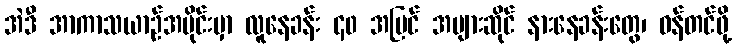
အဲဒီ အာကာသယာဉ်အပိုင်းမှာ လူနေခန်း ၄၀ အပြင် အများဆိုင် နားနေခန်းတွေ၊ ဝန်တင်ဖို့